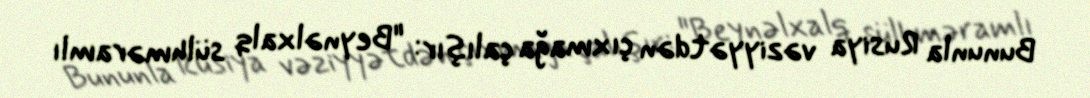
Bununla Rusiya vəziyyətdən çıxmağa çalışır: "Beynəlxalq sülhməramlı